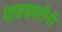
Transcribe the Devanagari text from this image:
मायनापतीनी